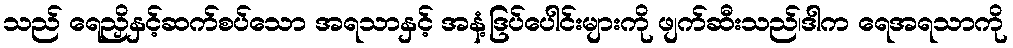
သည် ရေညှိနှင့်ဆက်စပ်သော အရသာနှင့် အနံ့ဒြပ်ပေါင်းများကို ဖျက်ဆီးသည်၊ဒါက ရေအရသာကို